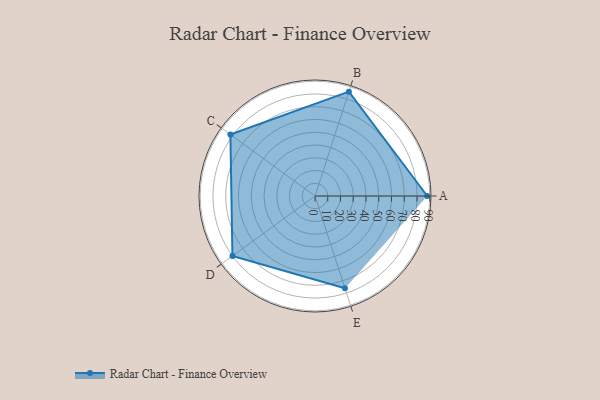
{"axis": {"x": "Skill", "y": "Score"}, "legend": ["Profile"], "data": [{"x": "A", "y": 88.0, "type": "Profile"}, {"x": "B", "y": 86.0, "type": "Profile"}, {"x": "C", "y": 82.0, "type": "Profile"}, {"x": "D", "y": 80.0, "type": "Profile"}, {"x": "E", "y": 76.0, "type": "Profile"}]}